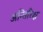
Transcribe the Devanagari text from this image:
अन्तिरिक्ष